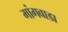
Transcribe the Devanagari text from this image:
मांगवाडा